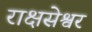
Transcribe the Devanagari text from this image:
राक्षसेश्वर